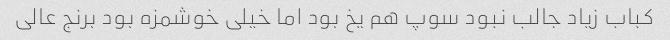
کباب زیاد جالب نبود سوپ هم یخ بود اما خیلی خوشمزه بود برنج عالی